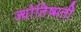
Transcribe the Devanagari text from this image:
ज्योतिष्मती